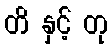
တိ နှင့် တု